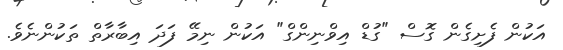
އަކުން ފެށިގެން ގޮސް "ގުޑް އިވްނިންގް" އަކުން ނިމޭ ފަދަ އިބާރާތް ތަކުންނެވެ.